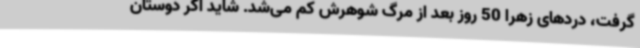
گرفت، دردهای زهرا 50 روز بعد از مرگ شوهرش کم می‌شد. شاید اگر دوستان